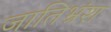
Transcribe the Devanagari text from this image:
जातिभ्रंश